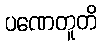
ပဏေတူတိ